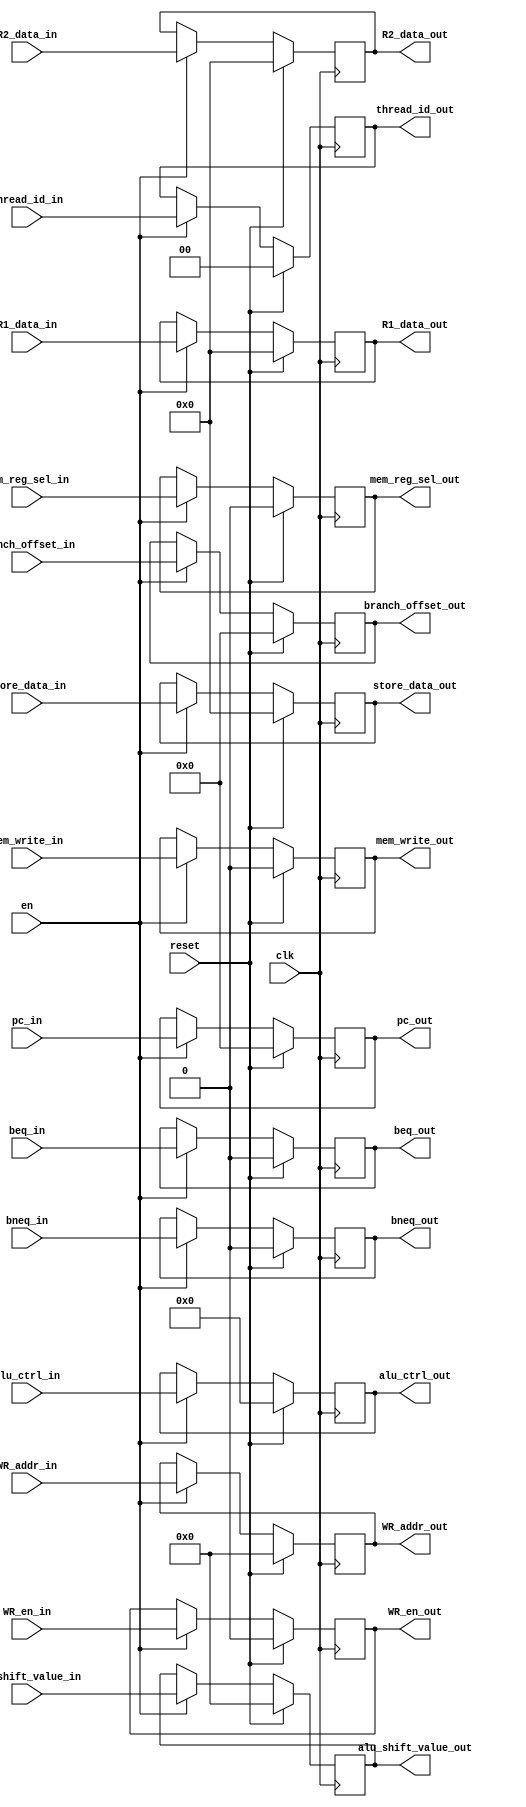
module pipe_decode_execute
   #(parameter DATAPATH_WIDTH = 64,
	  parameter REGFILE_ADDR_WIDTH = 5,
	  parameter INST_ADDR_WIDTH = 9,
	  parameter THREAD_BITS = 2)

	(input [INST_ADDR_WIDTH-1:0] pc_in,
    input [DATAPATH_WIDTH-1:0] R1_data_in,
    input [DATAPATH_WIDTH-1:0] R2_data_in,
	 input [DATAPATH_WIDTH-1:0] store_data_in,
	 input [REGFILE_ADDR_WIDTH-1:0] WR_addr_in,
	 input [3:0] alu_ctrl_in,
	 input [4:0] alu_shift_value_in,
	 input WR_en_in,
	 input mem_reg_sel_in,
	 input beq_in,
	 input bneq_in,
	 input mem_write_in,
	 input [INST_ADDR_WIDTH-1:0]	branch_offset_in,
	 input [THREAD_BITS-1:0] thread_id_in,
    input clk,
    input en,
	 input reset,
	 
    output reg [INST_ADDR_WIDTH-1:0] pc_out,
    output reg [DATAPATH_WIDTH-1:0] R1_data_out,
    output reg [DATAPATH_WIDTH-1:0] R2_data_out,
	 output reg [DATAPATH_WIDTH-1:0] store_data_out,
	 output reg [REGFILE_ADDR_WIDTH-1:0] WR_addr_out,
	 output reg [3:0] alu_ctrl_out,
	 output reg [4:0] alu_shift_value_out,
	 output reg beq_out,
	 output reg bneq_out,
	 output reg mem_write_out,
	 output reg WR_en_out,
	 output reg mem_reg_sel_out,
	 output reg [INST_ADDR_WIDTH-1:0]	branch_offset_out,
	 output reg [THREAD_BITS-1:0]	thread_id_out
	 );	
	 
	
	 
always @ (posedge clk) 
  begin
	 if (reset) begin
		pc_out <= 'd0;
		R1_data_out 		<= 'd0;
		R2_data_out 		<= 'd0;
		WR_addr_out 		<= 'd0;
		WR_en_out			<= 'd0;
		alu_ctrl_out		<= 'd0;
		mem_reg_sel_out 	<= 'd0;
		beq_out				<= 'd0;
		bneq_out				<= 'd0;
		mem_write_out 		<= 'd0;
		branch_offset_out	<= 'd0;
		store_data_out <= 'd0;
		alu_shift_value_out <= 'd0;
		thread_id_out <= 'd0;
	 end
	 else if (en) begin
		pc_out <= pc_in;
		R1_data_out 		<= R1_data_in;
		R2_data_out 		<= R2_data_in;
		WR_addr_out 		<= WR_addr_in;
		WR_en_out			<= WR_en_in;
		alu_ctrl_out		<= alu_ctrl_in;
		mem_reg_sel_out 	<= mem_reg_sel_in;
		beq_out				<= beq_in;
		bneq_out				<= bneq_in;
		mem_write_out		<= mem_write_in;
		branch_offset_out	<= branch_offset_in;
		store_data_out	<= store_data_in;
		alu_shift_value_out <= alu_shift_value_in;
		thread_id_out <= thread_id_in;
	 end
	end
endmodule